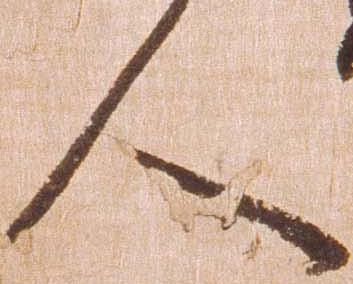
人